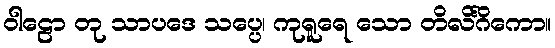
ဝါဠော တု သာပဒေ သပ္ပေ၊ ကုရူရေ သော တိလိင်္ဂိကော။